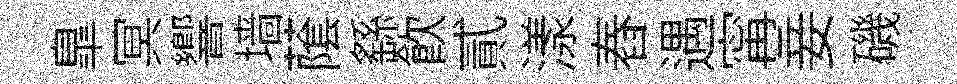
臯冥響墙䕃繇飲貳漾舂遇𡩋妾磯